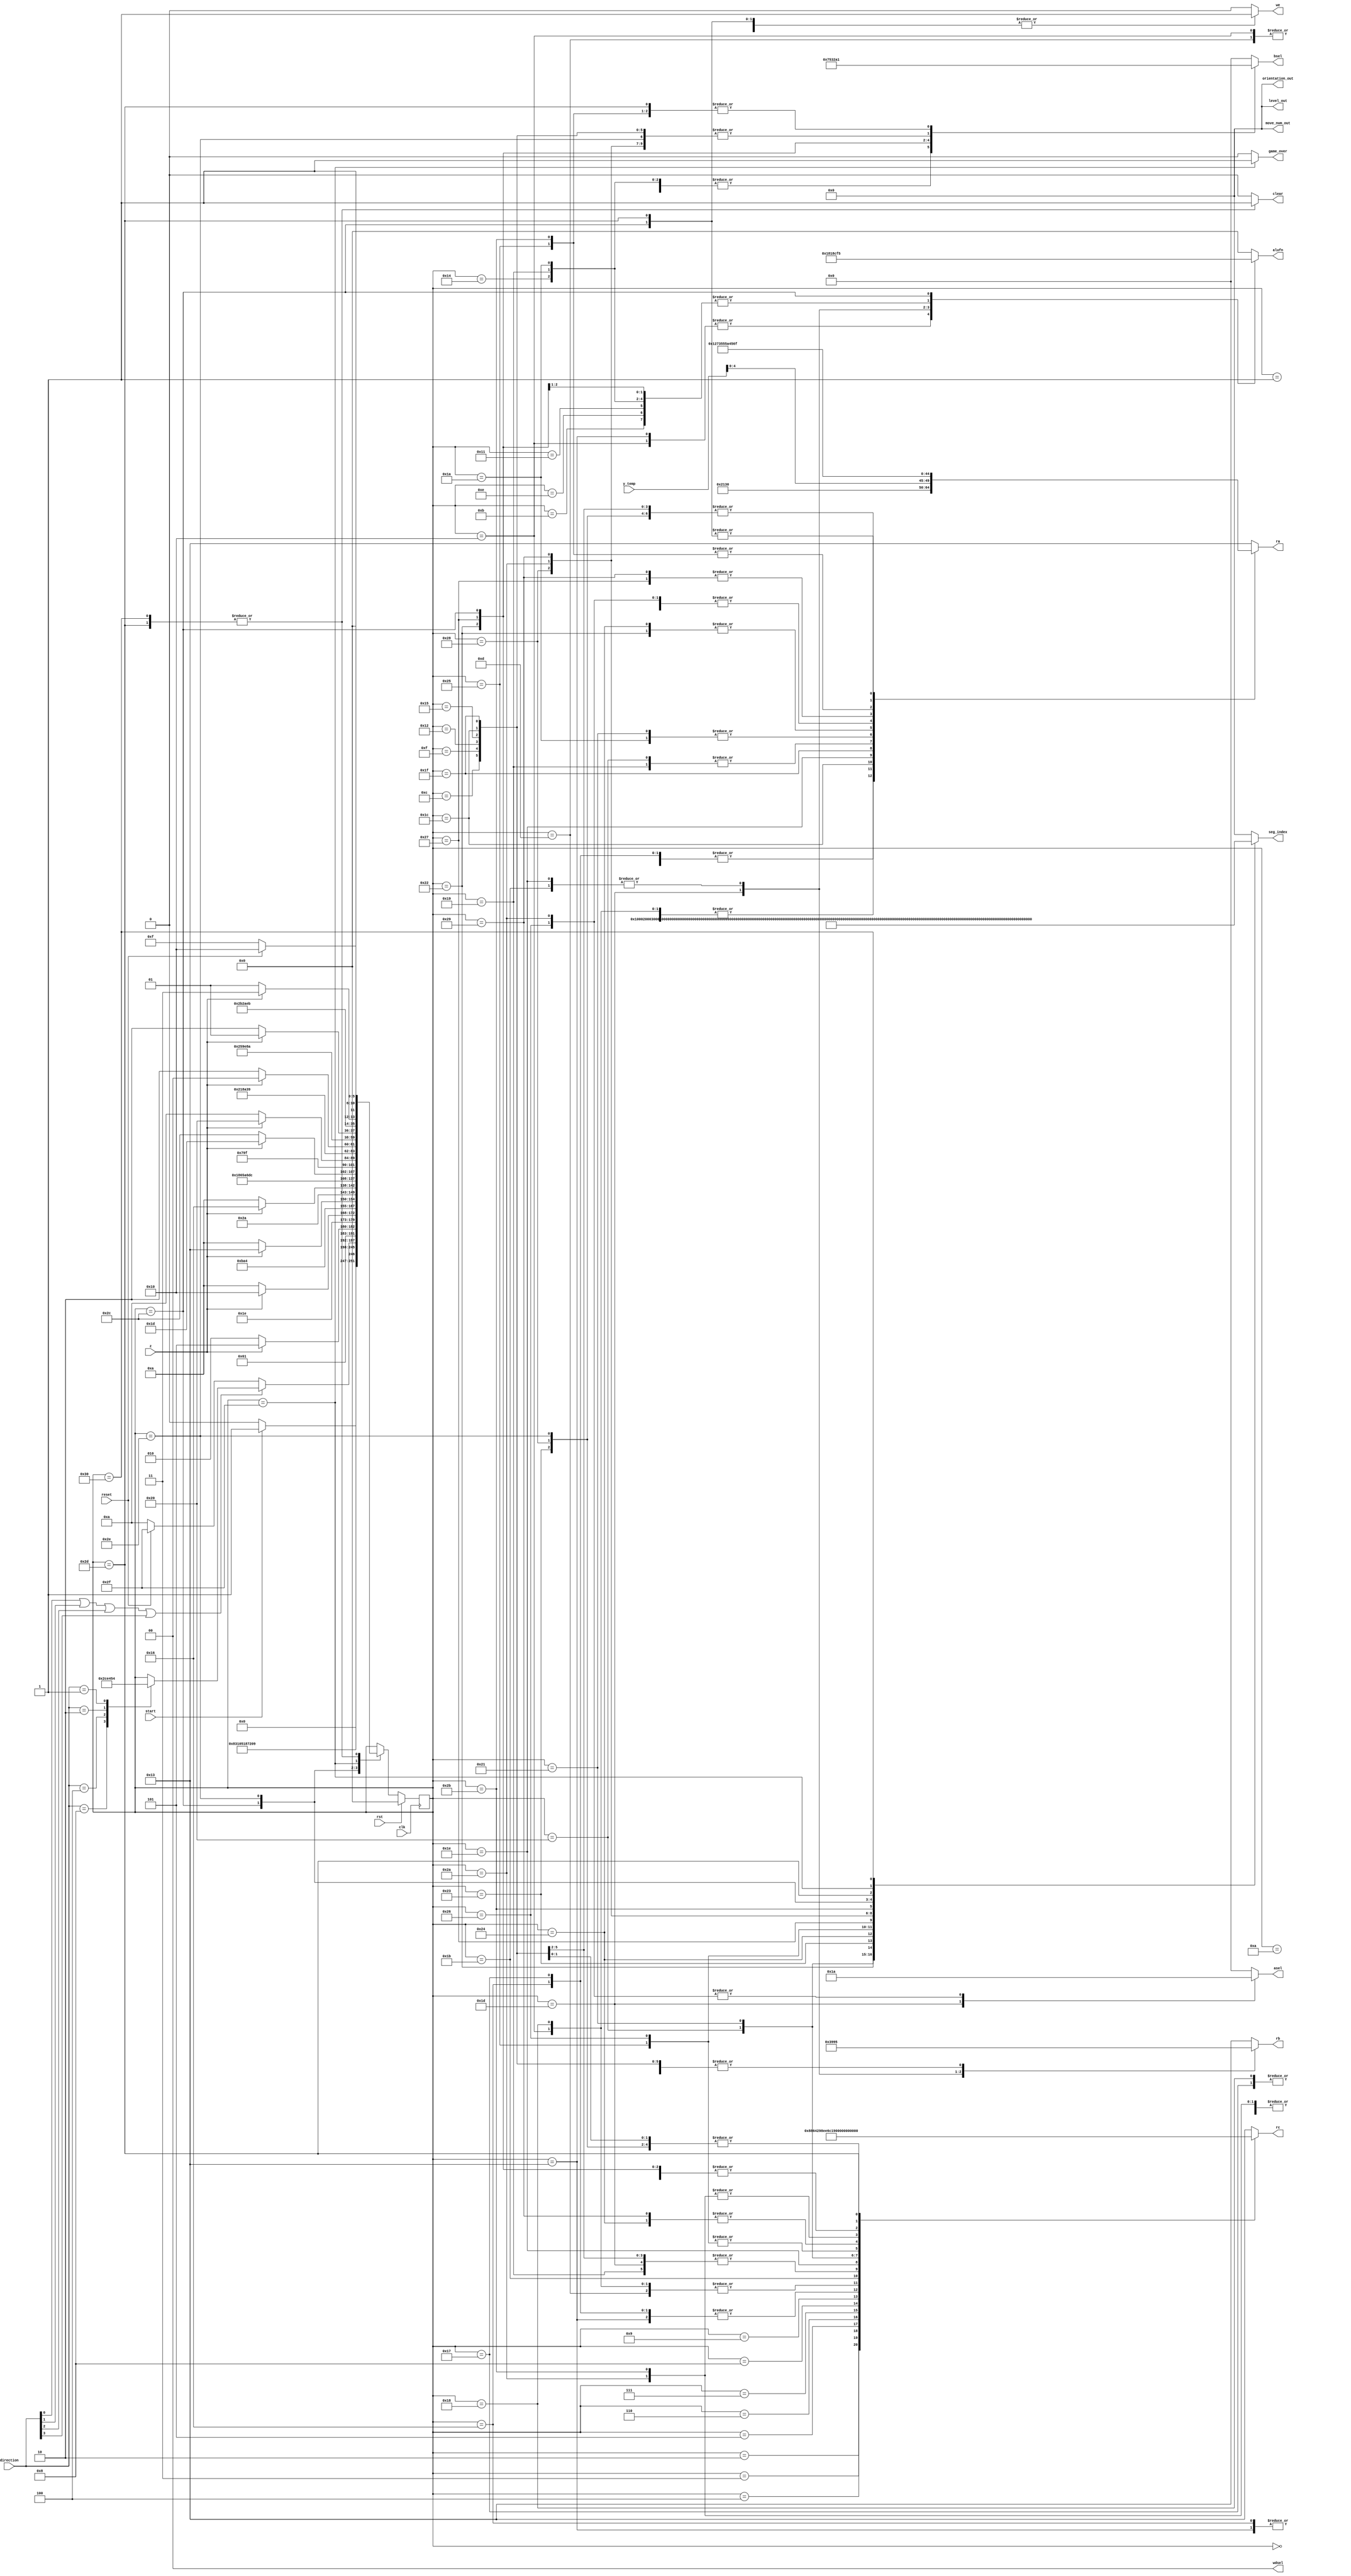
/*
   This file was generated automatically by Alchitry Labs version 1.2.7.
   Do not edit this file directly. Instead edit the original Lucid source.
   This is a temporary file and any changes made to it will be destroyed.
*/

module control_unit_12 (
    input clk,
    input rst,
    input z,
    output reg [15:0] level_out,
    input [3:0] direction,
    input [0:0] start,
    input [0:0] reset,
    input [15:0] y_temp,
    output reg [15:0] move_num_out,
    output reg [15:0] orientation_out,
    output reg [5:0] alufn,
    output reg [3:0] asel,
    output reg [3:0] bsel,
    output reg [0:0] we,
    output reg [1:0] wdsel,
    output reg [4:0] ra,
    output reg [4:0] rb,
    output reg [4:0] rc,
    output reg [0:0] game_over,
    output reg [0:0] clear,
    output reg [15:0] seg_index
  );
  
  
  
  localparam X_TEMP = 5'h0e;
  
  localparam Y_TEMP = 5'h0d;
  
  localparam RANDOM = 5'h15;
  
  localparam X_POS = 5'h08;
  
  localparam Y_POS = 5'h09;
  
  localparam LEVEL = 5'h0f;
  
  localparam MOVE = 5'h0a;
  
  localparam ORI = 5'h14;
  
  localparam TEMP1 = 5'h0b;
  
  localparam TEMP2 = 5'h0c;
  
  localparam TEMP3 = 5'h10;
  
  localparam TEMP4 = 5'h11;
  
  localparam TEMP5 = 5'h12;
  
  localparam TEMP6 = 5'h13;
  
  
  localparam START_ctrl = 6'd0;
  localparam GENERATE_MAP_ctrl = 6'd1;
  localparam GENERATE_MAP_ROW1_ctrl = 6'd2;
  localparam GENERATE_MAP_ROW2_ctrl = 6'd3;
  localparam GENERATE_MAP_ROW3_ctrl = 6'd4;
  localparam GENERATE_MAP_ROW4_ctrl = 6'd5;
  localparam GENERATE_MAP_ROW5_ctrl = 6'd6;
  localparam GENERATE_MAP_ROW6_ctrl = 6'd7;
  localparam GENERATE_MAP_ROW7_ctrl = 6'd8;
  localparam GENERATE_MAP_ROW8_ctrl = 6'd9;
  localparam IDLE_ctrl = 6'd10;
  localparam CHECKUPBORDER_ctrl = 6'd11;
  localparam CHECKUPBORDER_CMP_ctrl = 6'd12;
  localparam GOUP_ctrl = 6'd13;
  localparam CHECKDOWNBORDER_ctrl = 6'd14;
  localparam CHECKDOWNBORDER_CMP_ctrl = 6'd15;
  localparam GODOWN_ctrl = 6'd16;
  localparam CHECKLEFTBORDER_ctrl = 6'd17;
  localparam CHECKLEFTBORDER_CMP_ctrl = 6'd18;
  localparam GOLEFT_ctrl = 6'd19;
  localparam CHECKRIGHTBORDER_ctrl = 6'd20;
  localparam CHECKRIGHTBORDER_CMP_ctrl = 6'd21;
  localparam GORIGHT_ctrl = 6'd22;
  localparam STAY_AT_X_ctrl = 6'd23;
  localparam STAY_AT_Y_ctrl = 6'd24;
  localparam CHECK_GOAL_X_ctrl = 6'd25;
  localparam CHECK_GOAL_Y_ctrl = 6'd26;
  localparam CHECK_GOAL_XY_ctrl = 6'd27;
  localparam CHECK_GOAL_XY_MOVE_ctrl = 6'd28;
  localparam CHECK_COLL_ctrl = 6'd29;
  localparam CHECK_COLL_INDEX_ctrl = 6'd30;
  localparam CHECK_COLL_CMP_ctrl = 6'd31;
  localparam UPDATE_XPOS_ctrl = 6'd32;
  localparam UPDATE_YPOS_ctrl = 6'd33;
  localparam CHECK_MOVE_ctrl = 6'd34;
  localparam CHECK_MOVE_CMP_ctrl = 6'd35;
  localparam ADD_MOVE_TEMP_ctrl = 6'd36;
  localparam ADD_MOVE_ctrl = 6'd37;
  localparam RESET_MOVE_ctrl = 6'd38;
  localparam CHECK_ORIENTATION_ctrl = 6'd39;
  localparam CHECK_ORIENTATION_CMP_ctrl = 6'd40;
  localparam ADD_ORIENTATION_TEMP_ctrl = 6'd41;
  localparam RESET_ORIENTATION_ctrl = 6'd42;
  localparam ADD_ORIENTATION_ctrl = 6'd43;
  localparam CHECK_WIN_ctrl = 6'd44;
  localparam CHECK_WIN_ADD_ctrl = 6'd45;
  localparam CHECK_WIN_CMP_ctrl = 6'd46;
  localparam GAMEOVER_ctrl = 6'd47;
  localparam RESET_LEVEL_ctrl = 6'd48;
  
  reg [5:0] M_ctrl_d, M_ctrl_q = START_ctrl;
  
  always @* begin
    M_ctrl_d = M_ctrl_q;
    
    alufn = 6'h00;
    we = 1'h0;
    asel = 4'h0;
    bsel = 4'h0;
    wdsel = 3'h0;
    ra = 5'h13;
    rb = 5'h13;
    rc = 5'h13;
    level_out = 16'h0000;
    seg_index = 16'h0000;
    clear = 1'h0;
    move_num_out = 1'h0;
    orientation_out = 1'h0;
    game_over = 1'h0;
    
    case (M_ctrl_q)
      START_ctrl: begin
        seg_index = 16'h0001;
        if (start == 1'h1) begin
          M_ctrl_d = GENERATE_MAP_ctrl;
        end else begin
          M_ctrl_d = START_ctrl;
        end
      end
      GENERATE_MAP_ctrl: begin
        seg_index = 16'h0002;
        we = 1'h1;
        M_ctrl_d = GENERATE_MAP_ROW1_ctrl;
      end
      GENERATE_MAP_ROW1_ctrl: begin
        seg_index = 16'h0003;
        rc = 5'h00;
        we = 1'h1;
        M_ctrl_d = GENERATE_MAP_ROW2_ctrl;
      end
      GENERATE_MAP_ROW2_ctrl: begin
        seg_index = 16'h0004;
        we = 1'h1;
        rc = 5'h01;
        M_ctrl_d = GENERATE_MAP_ROW3_ctrl;
      end
      GENERATE_MAP_ROW3_ctrl: begin
        seg_index = 16'h0005;
        we = 1'h1;
        rc = 5'h02;
        M_ctrl_d = GENERATE_MAP_ROW4_ctrl;
      end
      GENERATE_MAP_ROW4_ctrl: begin
        seg_index = 16'h0006;
        we = 1'h1;
        rc = 5'h03;
        M_ctrl_d = GENERATE_MAP_ROW5_ctrl;
      end
      GENERATE_MAP_ROW5_ctrl: begin
        seg_index = 16'h0007;
        we = 1'h1;
        rc = 5'h04;
        M_ctrl_d = GENERATE_MAP_ROW6_ctrl;
      end
      GENERATE_MAP_ROW6_ctrl: begin
        seg_index = 16'h0008;
        we = 1'h1;
        rc = 5'h05;
        M_ctrl_d = GENERATE_MAP_ROW7_ctrl;
      end
      GENERATE_MAP_ROW7_ctrl: begin
        seg_index = 16'h0009;
        we = 1'h1;
        rc = 5'h06;
        M_ctrl_d = GENERATE_MAP_ROW8_ctrl;
      end
      GENERATE_MAP_ROW8_ctrl: begin
        seg_index = 16'h0010;
        we = 1'h1;
        rc = 5'h07;
        M_ctrl_d = IDLE_ctrl;
      end
      IDLE_ctrl: begin
        seg_index = 16'h8888;
        if (direction[0+0-:1] == 1'h1 || direction[1+0-:1] == 1'h1 || direction[2+0-:1] == 1'h1 || direction[3+0-:1] == 1'h1) begin
          
          case (direction)
            4'h8: begin
              M_ctrl_d = CHECKUPBORDER_ctrl;
            end
            4'h4: begin
              M_ctrl_d = CHECKDOWNBORDER_ctrl;
            end
            4'h2: begin
              M_ctrl_d = CHECKLEFTBORDER_ctrl;
            end
            4'h1: begin
              M_ctrl_d = CHECKRIGHTBORDER_ctrl;
            end
          endcase
        end else begin
          if (reset == 1'h1) begin
            M_ctrl_d = GAMEOVER_ctrl;
          end else begin
            M_ctrl_d = IDLE_ctrl;
          end
        end
      end
      CHECKUPBORDER_ctrl: begin
        seg_index = 16'h0011;
        ra = 5'h09;
        rb = 5'h15;
        rc = 5'h0b;
        asel = 4'h0;
        bsel = 4'h7;
        alufn = 6'h33;
        we = 1'h1;
        wdsel = 3'h0;
        M_ctrl_d = CHECKUPBORDER_CMP_ctrl;
      end
      CHECKUPBORDER_CMP_ctrl: begin
        seg_index = 16'h0012;
        ra = 5'h0b;
        rb = 5'h15;
        rc = 5'h0c;
        asel = 4'h0;
        bsel = 4'ha;
        alufn = 6'h00;
        we = 1'h0;
        wdsel = 3'h0;
        if (z == 1'h0) begin
          M_ctrl_d = IDLE_ctrl;
        end else begin
          M_ctrl_d = GOUP_ctrl;
        end
      end
      GOUP_ctrl: begin
        seg_index = 16'h0013;
        ra = 5'h09;
        rb = 5'h15;
        rc = 5'h0d;
        asel = 4'h0;
        bsel = 4'h1;
        alufn = 6'h00;
        we = 1'h1;
        wdsel = 3'h0;
        M_ctrl_d = STAY_AT_X_ctrl;
      end
      CHECKDOWNBORDER_ctrl: begin
        seg_index = 16'h0014;
        ra = 5'h09;
        rb = 5'h15;
        rc = 5'h0b;
        asel = 4'h0;
        bsel = 4'ha;
        alufn = 6'h33;
        we = 1'h1;
        wdsel = 3'h0;
        M_ctrl_d = CHECKDOWNBORDER_CMP_ctrl;
      end
      CHECKDOWNBORDER_CMP_ctrl: begin
        seg_index = 16'h0015;
        ra = 5'h0b;
        rb = 5'h15;
        rc = 5'h0c;
        asel = 4'h0;
        bsel = 4'ha;
        alufn = 6'h00;
        we = 1'h0;
        wdsel = 3'h0;
        if (z == 1'h0) begin
          M_ctrl_d = IDLE_ctrl;
        end else begin
          M_ctrl_d = GODOWN_ctrl;
        end
      end
      GODOWN_ctrl: begin
        seg_index = 16'h0016;
        ra = 5'h09;
        rb = 5'h15;
        rc = 5'h0d;
        asel = 4'h0;
        bsel = 4'h1;
        alufn = 6'h01;
        we = 1'h1;
        wdsel = 3'h0;
        M_ctrl_d = STAY_AT_X_ctrl;
      end
      CHECKLEFTBORDER_ctrl: begin
        seg_index = 16'h0017;
        ra = 5'h08;
        rb = 5'h15;
        rc = 5'h0b;
        asel = 4'h0;
        bsel = 4'ha;
        alufn = 6'h33;
        we = 1'h1;
        wdsel = 3'h0;
        M_ctrl_d = CHECKLEFTBORDER_CMP_ctrl;
      end
      CHECKLEFTBORDER_CMP_ctrl: begin
        seg_index = 16'h0018;
        ra = 5'h0b;
        rb = 5'h15;
        rc = 5'h0c;
        asel = 4'h0;
        bsel = 4'ha;
        alufn = 6'h00;
        we = 1'h0;
        wdsel = 3'h0;
        if (z == 1'h0) begin
          M_ctrl_d = IDLE_ctrl;
        end else begin
          M_ctrl_d = GOLEFT_ctrl;
        end
      end
      GOLEFT_ctrl: begin
        seg_index = 16'h0019;
        ra = 5'h08;
        rb = 5'h15;
        rc = 5'h0e;
        asel = 4'h0;
        bsel = 4'h1;
        alufn = 6'h01;
        we = 1'h1;
        wdsel = 3'h0;
        M_ctrl_d = STAY_AT_Y_ctrl;
      end
      CHECKRIGHTBORDER_ctrl: begin
        seg_index = 16'h0020;
        ra = 5'h08;
        rb = 5'h15;
        rc = 5'h0b;
        asel = 4'h0;
        bsel = 4'h7;
        alufn = 6'h33;
        we = 1'h1;
        wdsel = 3'h0;
        M_ctrl_d = CHECKRIGHTBORDER_CMP_ctrl;
      end
      CHECKRIGHTBORDER_CMP_ctrl: begin
        seg_index = 16'h0021;
        ra = 5'h0b;
        rb = 5'h15;
        rc = 5'h0c;
        asel = 4'h0;
        bsel = 4'ha;
        alufn = 6'h00;
        we = 1'h0;
        wdsel = 3'h0;
        if (z == 1'h0) begin
          M_ctrl_d = IDLE_ctrl;
        end else begin
          M_ctrl_d = GORIGHT_ctrl;
        end
      end
      GORIGHT_ctrl: begin
        seg_index = 16'h0022;
        ra = 5'h08;
        rb = 5'h15;
        rc = 5'h0e;
        asel = 4'h0;
        bsel = 4'h1;
        alufn = 6'h00;
        we = 1'h1;
        wdsel = 3'h0;
        M_ctrl_d = STAY_AT_Y_ctrl;
      end
      STAY_AT_X_ctrl: begin
        seg_index = 16'h4444;
        ra = 5'h08;
        rb = 5'h15;
        rc = 5'h0e;
        asel = 4'h0;
        bsel = 4'ha;
        alufn = 6'h00;
        we = 1'h1;
        wdsel = 3'h0;
        M_ctrl_d = CHECK_GOAL_X_ctrl;
      end
      STAY_AT_Y_ctrl: begin
        seg_index = 16'h3333;
        ra = 5'h09;
        rb = 5'h15;
        rc = 5'h0d;
        asel = 4'h0;
        bsel = 4'ha;
        alufn = 6'h00;
        we = 1'h1;
        wdsel = 3'h0;
        M_ctrl_d = CHECK_GOAL_X_ctrl;
      end
      CHECK_GOAL_X_ctrl: begin
        seg_index = 16'h0023;
        ra = 5'h0e;
        rb = 5'h15;
        rc = 5'h0c;
        asel = 4'h0;
        bsel = 4'h7;
        alufn = 6'h33;
        we = 1'h1;
        wdsel = 3'h0;
        M_ctrl_d = CHECK_GOAL_Y_ctrl;
      end
      CHECK_GOAL_Y_ctrl: begin
        seg_index = 16'h0024;
        ra = 5'h0d;
        rb = 5'h15;
        rc = 5'h0b;
        asel = 4'h0;
        bsel = 4'h7;
        alufn = 6'h33;
        we = 1'h1;
        wdsel = 3'h0;
        M_ctrl_d = CHECK_GOAL_XY_ctrl;
      end
      CHECK_GOAL_XY_ctrl: begin
        seg_index = 16'h0025;
        ra = 5'h0b;
        rb = 5'h0c;
        rc = 5'h10;
        asel = 4'h0;
        bsel = 4'h0;
        alufn = 6'h18;
        we = 1'h1;
        wdsel = 3'h0;
        M_ctrl_d = CHECK_GOAL_XY_MOVE_ctrl;
      end
      CHECK_GOAL_XY_MOVE_ctrl: begin
        seg_index = 16'h0026;
        ra = 5'h10;
        rb = 5'h15;
        rc = 5'h15;
        asel = 4'h0;
        bsel = 4'ha;
        alufn = 6'h00;
        we = 1'h0;
        wdsel = 3'h0;
        if (z == 1'h0) begin
          M_ctrl_d = CHECK_WIN_ctrl;
        end else begin
          M_ctrl_d = CHECK_COLL_ctrl;
        end
      end
      CHECK_COLL_ctrl: begin
        seg_index = 16'h0027;
        ra = 5'h15;
        rb = 5'h0e;
        rc = 5'h0c;
        asel = 4'h1;
        bsel = 4'h0;
        alufn = 6'h20;
        we = 1'h1;
        wdsel = 3'h0;
        M_ctrl_d = CHECK_COLL_INDEX_ctrl;
      end
      CHECK_COLL_INDEX_ctrl: begin
        seg_index = 16'h0028;
        ra = y_temp[0+4-:5];
        rb = 5'h0c;
        rc = 5'h12;
        asel = 4'h0;
        bsel = 4'h0;
        alufn = 6'h18;
        we = 1'h1;
        wdsel = 3'h0;
        M_ctrl_d = CHECK_COLL_CMP_ctrl;
      end
      CHECK_COLL_CMP_ctrl: begin
        seg_index = 16'h0029;
        ra = 5'h12;
        rb = 5'h15;
        rc = 5'h15;
        asel = 4'h0;
        bsel = 4'ha;
        alufn = 6'h00;
        we = 1'h0;
        wdsel = 3'h0;
        if (z == 1'h0) begin
          M_ctrl_d = IDLE_ctrl;
        end else begin
          M_ctrl_d = UPDATE_XPOS_ctrl;
        end
      end
      UPDATE_XPOS_ctrl: begin
        seg_index = 16'h0030;
        ra = 5'h0e;
        rb = 5'h15;
        rc = 5'h08;
        asel = 4'h0;
        bsel = 4'ha;
        alufn = 6'h00;
        we = 1'h1;
        wdsel = 3'h0;
        M_ctrl_d = UPDATE_YPOS_ctrl;
      end
      UPDATE_YPOS_ctrl: begin
        seg_index = 16'h0031;
        ra = 5'h0d;
        rb = 5'h15;
        rc = 5'h09;
        asel = 4'h0;
        bsel = 4'ha;
        alufn = 6'h00;
        we = 1'h1;
        wdsel = 3'h0;
        M_ctrl_d = CHECK_MOVE_ctrl;
      end
      CHECK_MOVE_ctrl: begin
        seg_index = 16'h0032;
        ra = 5'h0a;
        rb = 5'h15;
        rc = 5'h0b;
        asel = 4'h0;
        bsel = 4'h5;
        alufn = 6'h33;
        we = 1'h1;
        wdsel = 3'h0;
        M_ctrl_d = CHECK_MOVE_CMP_ctrl;
      end
      CHECK_MOVE_CMP_ctrl: begin
        seg_index = 16'h0033;
        ra = 5'h0b;
        rb = 5'h15;
        rc = 5'h15;
        asel = 4'h0;
        bsel = 4'ha;
        alufn = 6'h00;
        we = 1'h0;
        wdsel = 3'h0;
        if (z == 1'h0) begin
          M_ctrl_d = RESET_MOVE_ctrl;
        end else begin
          M_ctrl_d = ADD_MOVE_TEMP_ctrl;
        end
      end
      ADD_MOVE_TEMP_ctrl: begin
        seg_index = 16'h0034;
        ra = 5'h0a;
        rb = 5'h15;
        rc = 5'h11;
        asel = 4'h0;
        bsel = 4'ha;
        alufn = 6'h00;
        we = 1'h1;
        wdsel = 3'h0;
        M_ctrl_d = ADD_MOVE_ctrl;
      end
      ADD_MOVE_ctrl: begin
        seg_index = 16'h0035;
        ra = 5'h11;
        rb = 5'h15;
        rc = 5'h0a;
        asel = 4'h0;
        bsel = 4'h1;
        alufn = 6'h00;
        we = 1'h1;
        wdsel = 3'h0;
        M_ctrl_d = IDLE_ctrl;
      end
      RESET_MOVE_ctrl: begin
        seg_index = 16'h0036;
        ra = 5'h15;
        rb = 5'h15;
        rc = 5'h0a;
        asel = 4'ha;
        bsel = 4'ha;
        alufn = 6'h00;
        we = 1'h1;
        wdsel = 3'h0;
        M_ctrl_d = CHECK_ORIENTATION_ctrl;
      end
      CHECK_ORIENTATION_ctrl: begin
        seg_index = 16'h0037;
        ra = 5'h14;
        rb = 5'h15;
        rc = 5'h0b;
        asel = 4'h0;
        bsel = 4'h3;
        alufn = 6'h33;
        we = 1'h1;
        wdsel = 3'h0;
        M_ctrl_d = CHECK_ORIENTATION_CMP_ctrl;
      end
      CHECK_ORIENTATION_CMP_ctrl: begin
        seg_index = 16'h0038;
        ra = 5'h0b;
        rb = 5'h15;
        rc = 5'h15;
        asel = 4'h0;
        bsel = 4'ha;
        alufn = 6'h00;
        we = 1'h0;
        wdsel = 3'h0;
        if (z == 1'h0) begin
          M_ctrl_d = RESET_ORIENTATION_ctrl;
        end else begin
          M_ctrl_d = ADD_ORIENTATION_TEMP_ctrl;
        end
      end
      RESET_ORIENTATION_ctrl: begin
        seg_index = 16'h0039;
        ra = 5'h15;
        rb = 5'h15;
        rc = 5'h14;
        asel = 4'ha;
        bsel = 4'ha;
        alufn = 6'h00;
        we = 1'h1;
        wdsel = 3'h0;
        M_ctrl_d = IDLE_ctrl;
      end
      ADD_ORIENTATION_TEMP_ctrl: begin
        seg_index = 16'h0040;
        ra = 5'h14;
        rb = 5'h15;
        rc = 5'h11;
        asel = 4'h0;
        bsel = 4'ha;
        alufn = 6'h00;
        we = 1'h1;
        wdsel = 3'h0;
        M_ctrl_d = ADD_ORIENTATION_ctrl;
      end
      ADD_ORIENTATION_ctrl: begin
        seg_index = 16'h0041;
        ra = 5'h11;
        rb = 5'h15;
        rc = 5'h14;
        asel = 4'h0;
        bsel = 4'h1;
        alufn = 6'h00;
        we = 1'h1;
        wdsel = 3'h0;
        M_ctrl_d = IDLE_ctrl;
      end
      CHECK_WIN_ctrl: begin
        seg_index = 16'h0042;
        ra = 5'h0f;
        rb = 5'h15;
        rc = 5'h0b;
        asel = 4'h0;
        bsel = 4'h2;
        alufn = 6'h35;
        we = 1'h1;
        wdsel = 3'h0;
        M_ctrl_d = CHECK_WIN_CMP_ctrl;
      end
      CHECK_WIN_CMP_ctrl: begin
        seg_index = 16'h0043;
        ra = 5'h0b;
        rb = 5'h15;
        rc = 5'h15;
        asel = 4'h0;
        bsel = 4'ha;
        alufn = 6'h00;
        we = 1'h0;
        wdsel = 3'h0;
        if (z == 1'h0) begin
          M_ctrl_d = CHECK_WIN_ADD_ctrl;
        end else begin
          M_ctrl_d = GAMEOVER_ctrl;
        end
      end
      CHECK_WIN_ADD_ctrl: begin
        seg_index = 16'h0044;
        ra = 5'h0f;
        rb = 5'h15;
        rc = 5'h0f;
        asel = 4'h0;
        bsel = 4'h1;
        alufn = 6'h00;
        we = 1'h1;
        wdsel = 3'h0;
        clear = 1'h1;
        M_ctrl_d = START_ctrl;
      end
      GAMEOVER_ctrl: begin
        seg_index = 16'h9999;
        game_over = 1'h1;
        if (reset == 1'h1) begin
          M_ctrl_d = RESET_LEVEL_ctrl;
        end else begin
          game_over = 1'h1;
          M_ctrl_d = GAMEOVER_ctrl;
        end
      end
      RESET_LEVEL_ctrl: begin
        seg_index = 16'h6666;
        clear = 1'h1;
        M_ctrl_d = START_ctrl;
      end
    endcase
  end
  
  always @(posedge clk) begin
    if (rst == 1'b1) begin
      M_ctrl_q <= 1'h0;
    end else begin
      M_ctrl_q <= M_ctrl_d;
    end
  end
  
endmodule